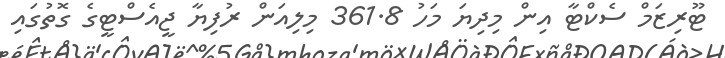
ޓޫރިޒަމް ސެކްޓާ އިން މިދިޔަ މަހު 361.8 މިލިއަން ރުފިޔާ ޖީއެސްޓީގެ ގޮތުގައި